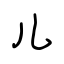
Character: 儿